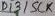
Text: D13/SCK